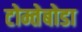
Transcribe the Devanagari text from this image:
टोम्तेबोडा